65_HS1-834228961_62-HQ-83894_Section_10
Agency: FBI
Page 47
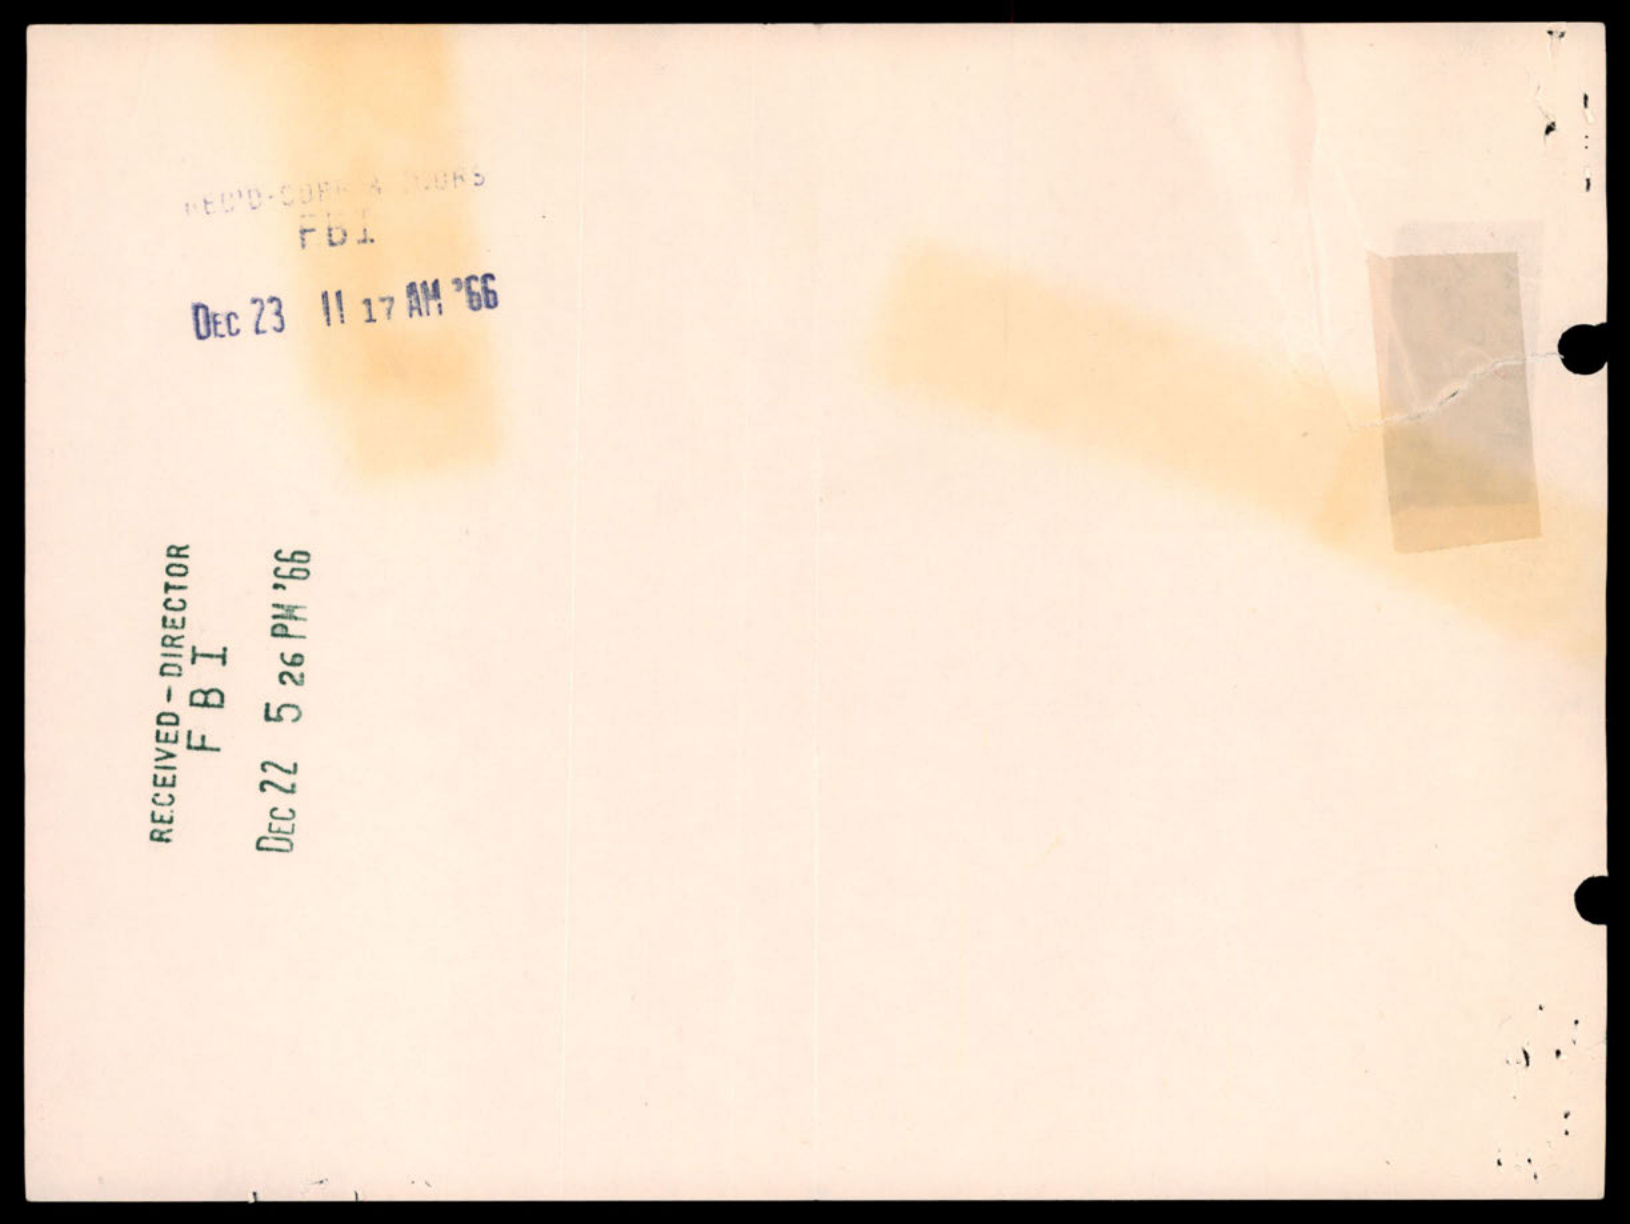